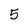
Character: 5